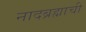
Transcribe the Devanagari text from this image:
नादब्रह्माची